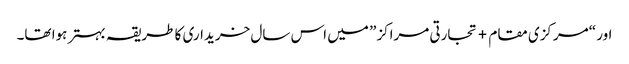
اور “مرکزی مقام + تجارتی مراکز” میں اس سال خریداری کا طریقہ بہتر ہوا تھا۔